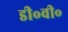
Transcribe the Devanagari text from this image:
डी॰वी॰